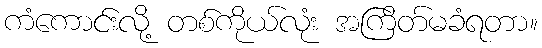
ကံကောင်းလို့ တစ်ကိုယ်လုံး အကြိတ်မခံရတာ။